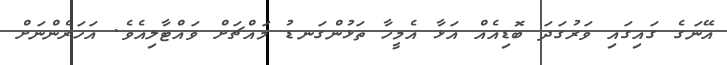
އޭނަގެ ގައިގައި ވަރުގަދަ ބޮޑިއެއް އަޅާ އެމީހާ ތަޅުންގަނޑު މައްޗަށް ވައްޓާލިއެވެ. އަހަރެންނަށް